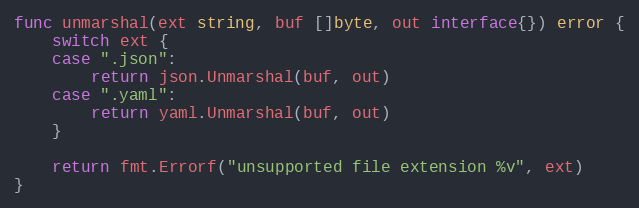
Language: Go
func unmarshal(ext string, buf []byte, out interface{}) error {
	switch ext {
	case ".json":
		return json.Unmarshal(buf, out)
	case ".yaml":
		return yaml.Unmarshal(buf, out)
	}

	return fmt.Errorf("unsupported file extension %v", ext)
}